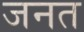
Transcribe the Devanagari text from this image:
जनत